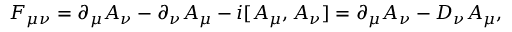
F _ { \mu \nu } = \partial _ { \mu } A _ { \nu } - \partial _ { \nu } A _ { \mu } - i [ A _ { \mu } , A _ { \nu } ] = \partial _ { \mu } A _ { \nu } - D _ { \nu } A _ { \mu } ,